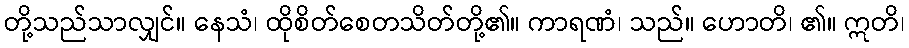
တို့သည်သာလျှင်။ နေသံ၊ ထိုစိတ်စေတသိတ်တို့၏။ ကာရဏံ၊ သည်။ ဟောတိ၊ ၏။ ဣတိ၊